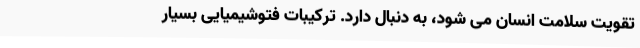
تقویت سلامت انسان می شود، به دنبال دارد. ترکیبات فتوشیمیایی بسیار